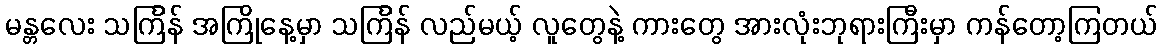
မန္တလေး သင်္ကြန် အကြိုနေ့မှာ သင်္ကြန် လည်မယ့် လူတွေနဲ့ ကားတွေ အားလုံးဘုရားကြီးမှာ ကန်တော့ကြတယ်